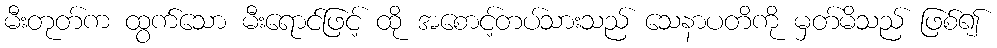
မီးတုတ်က ထွက်သော မီးရောင်ဖြင့် ထို အစောင့်တပ်သားသည် သေနာပတိကို မှတ်မိသည် ဖြစ်၍